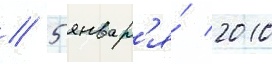
// 5 январ'я́ 2010